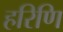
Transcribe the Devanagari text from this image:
हरिणि